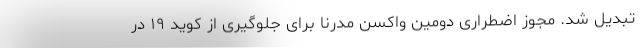
تبدیل شد. مجوز اضطراری دومین واکسن مدرنا برای جلوگیری از کوید ۱۹ در